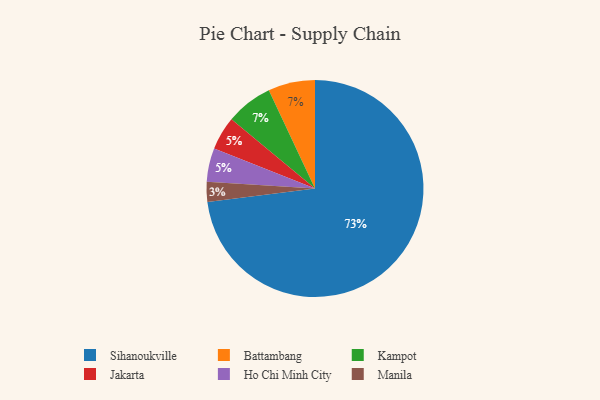
{"axis": {"x": "Category", "y": "Percentage"}, "legend": ["Battambang", "Ho Chi Minh City", "Jakarta", "Kampot", "Manila", "Sihanoukville"], "data": [{"x": "Jakarta", "y": 5, "type": "Jakarta"}, {"x": "Battambang", "y": 7, "type": "Battambang"}, {"x": "Manila", "y": 3, "type": "Manila"}, {"x": "Kampot", "y": 7, "type": "Kampot"}, {"x": "Sihanoukville", "y": 73, "type": "Sihanoukville"}, {"x": "Ho Chi Minh City", "y": 5, "type": "Ho Chi Minh City"}]}